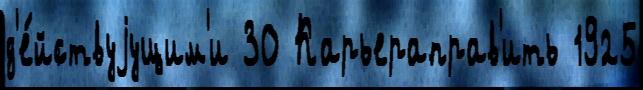
д'е́йствуjущим'и 30 Карьераправ'ить 1925